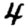
Digit: 4